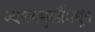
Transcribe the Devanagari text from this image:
ज्वालामुखींमधून